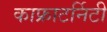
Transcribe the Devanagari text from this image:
काफ्राटर्निटी